Annual report of lunatic asylums [Bombay] - 1912-1922
Year: 1912
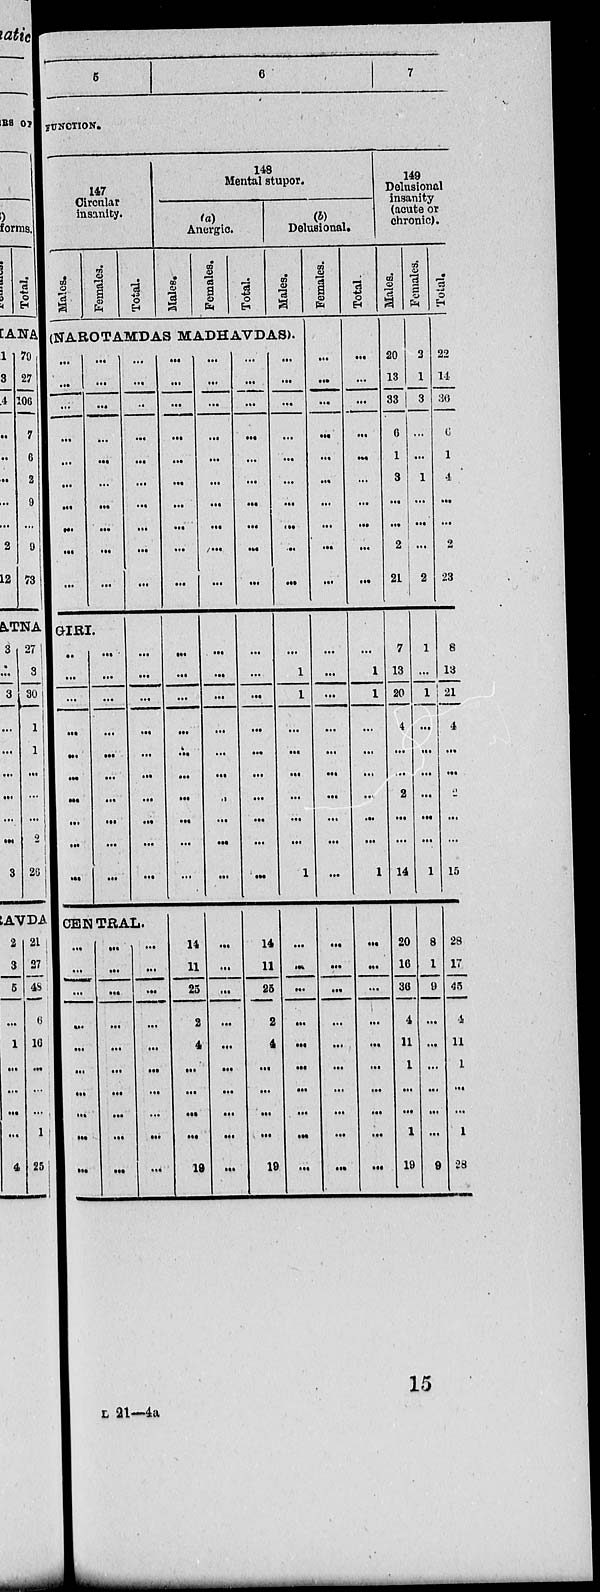
5
6
7
FUNCTION.
147
Circular
insanity.
Males.
Females.
Total.
148
Mental stupor.
(a)
Anergic.
Males.
Females.
Total.
(b)
Delusional.
Males.
(NAROTAMDAS MADHAVDAS).
...
...
...
...
...
...
...
...
...
...
...
...
...
...
...
...
...
...
...
...
GIRI.
...
...
...
...
...
...
...
...
...
...
...
...
...
...
...
...
...
...
...
...
...
...
...
...
...
...
...
...
...
...
...
...
...
...
...
...
...
...
...
...
CENTRAL.
...
...
...
...
...
...
...
...
...
...
...
...
...
...
...
...
...
...
...
...
...
...
...
...
...
...
...
...
...
...
...
...
...
...
...
...
...
...
...
...
...
...
...
...
...
...
...
...
...
...
14
11
25
2
4
...
...
...
...
19
...
...
...
...
...
...
...
...
...
...
...
...
...
...
...
...
...
...
...
...
...
...
...
...
...
...
...
...
...
...
...
...
...
...
...
...
...
...
...
...
...
...
...
...
...
...
...
...
...
...
14
11
25
2
4
...
...
...
...
19
...
...
...
...
...
...
...
...
..
...
...
1
1
...
...
...
...
...
...
1
...
...
...
...
...
...
...
...
...
...
Females.
...
...
...
...
...
...
...
...
...
...
...
...
...
...
...
...
...
...
...
...
...
...
...
...
...
...
...
...
...
...
Total
...
...
...
...
...
...
...
...
...
...
...
1
1
...
...
...
...
...
...
1
...
...
...
...
...
...
...
...
...
...
149
Delusional
insanity
(acute or
chronic).
Males.
20
13
33
6
1
3
...
...
2
21
7
13
20
4
...
...
2
...
...
14
20
16
36
4
11
1
...
...
1
19
Females.
2
1
3
...
...
1
...
...
...
2
1
...
1
...
...
...
...
...
...
1
8
1
9
...
...
...
...
...
...
9
Total.
22
14
36
6
1
4
...
...
2
23
8
13
21
4
...
...
2
...
...
15
28
17
45
4
11
1
...
...
1
28
15
L 21—4a